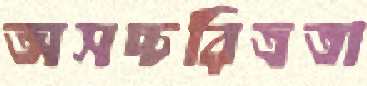
অসচ্চরিত্রতা